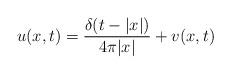
LaTeX: \begin{align*}u(x,t) =\frac{\delta(t-\lvert x\rvert)}{4\pi\lvert x\rvert} + v(x,t)\end{align*}